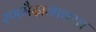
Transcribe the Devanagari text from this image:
रणमैदानावरच